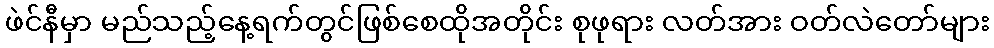
ဖဲင်နီမှာ မည်သည့်နေ့ရက်တွင်ဖြစ်စေထိုအတိုင်း စုဖုရား လတ်အား ဝတ်လဲတော်များ